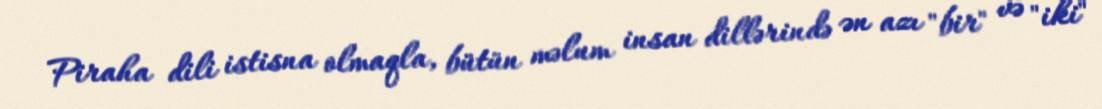
Piraha dili istisna olmaqla, bütün məlum insan dillərində ən azı "bir" və "iki"